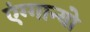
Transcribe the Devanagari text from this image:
एंग्गान्यो